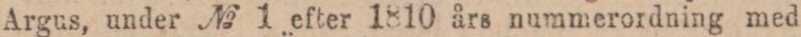
Argus, under № 1 efter 1810 års nummerordning med